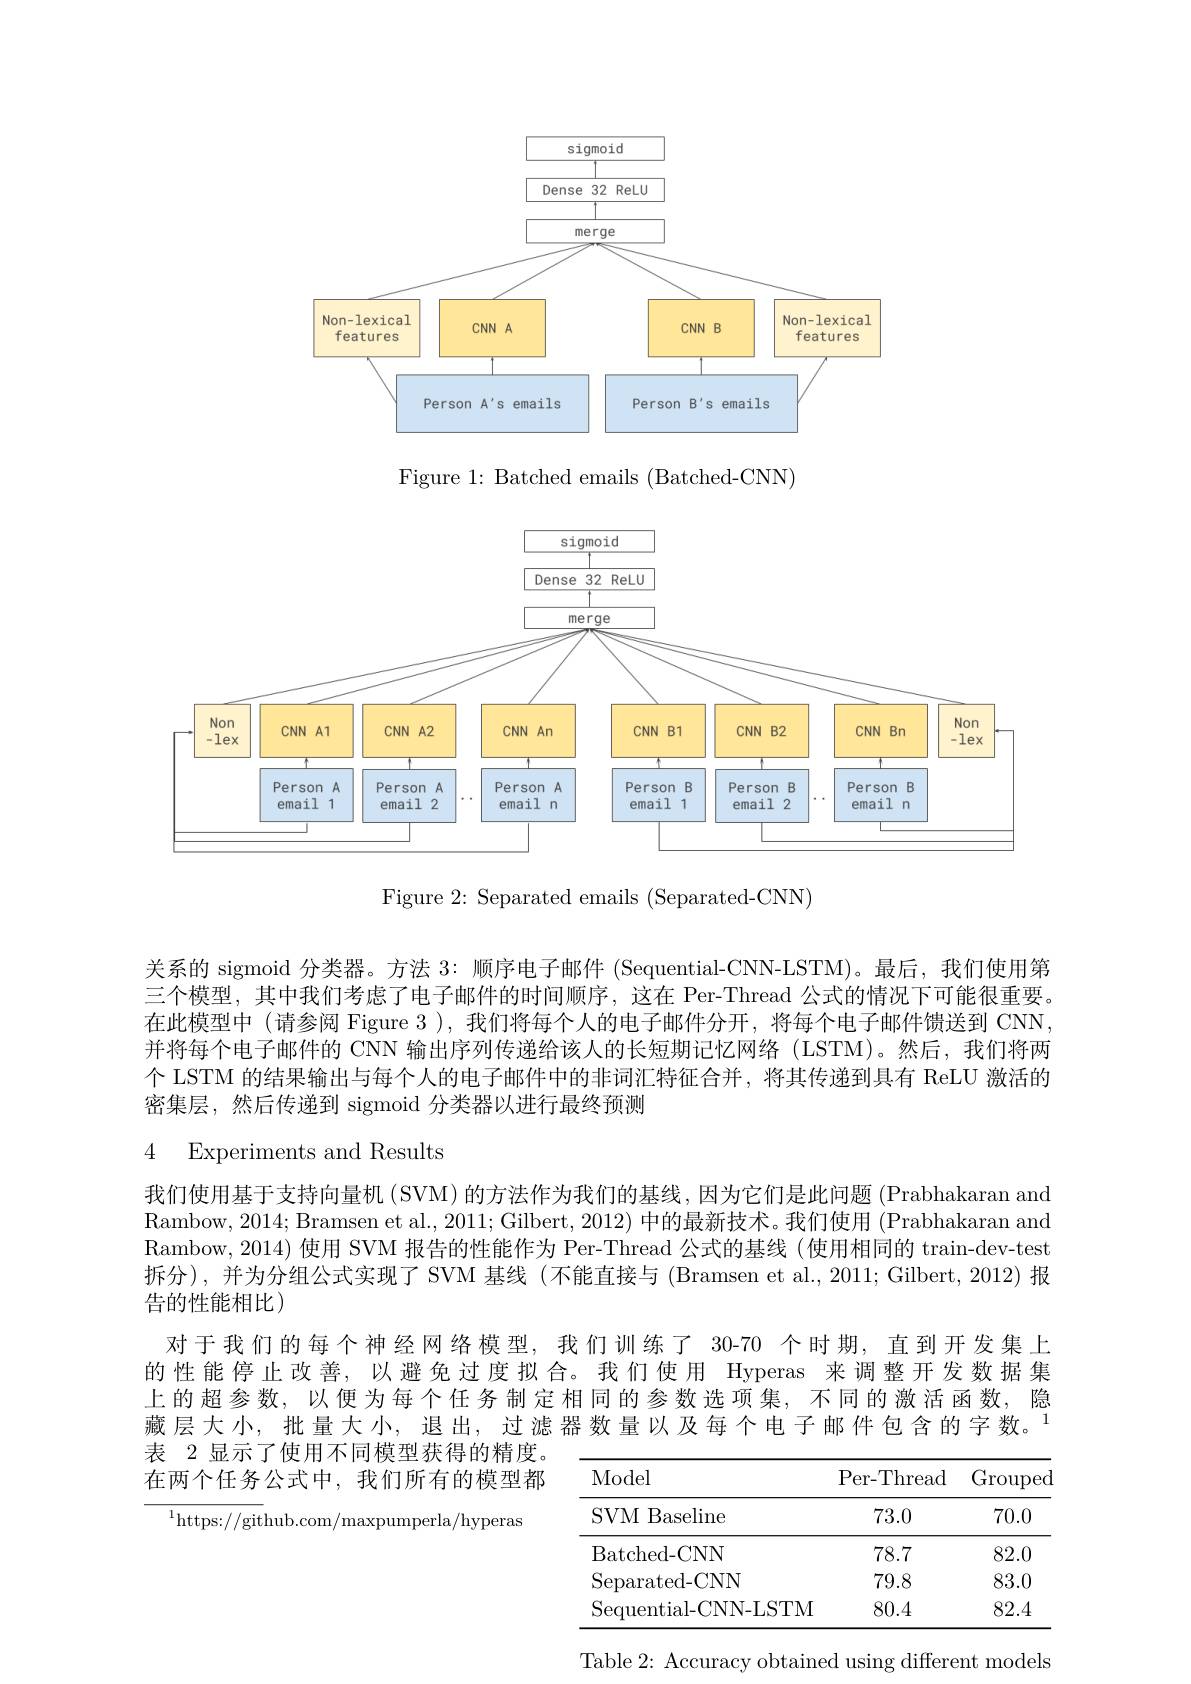
<FigureHere>

Figure 1: Batched emails (Batched-CNN)

<FigureHere>

Figure 2: Separated emails (Separated-CNN)

关系的 sigmoid 分类器。方法 3: 顺序电子邮件 (Sequential-CNN-LSTM)。最后，我们使用第三个模型，其中我们考虑了电子邮件的时间顺序，这在 Per-Thread 公式的情况下可能很重要。在此模型中(请参阅 Figure 3 ),我们将每个人的电子邮件分开，将每个电子邮件馈送到 CNN, 并将每个电子邮件的 CNN 输出序列传递给该人的长短期记忆网络 (LSTM)。然后，我们将两个 LSTM 的结果输出与每个人的电子邮件中的非词汇特征合并，将其传递到具有 ReLU 激活的密集层，然后传递到 sigmoid 分类器以进行最终预测

4 Experiments and Results
我们使用基于支持向量机(SVM)的方法作为我们的基线，因为它们是此问题(Prabhakaran and Rambow, 2014; Bramsen et al., 2011; Gilbert, 2012) 中的最新技术。我们使用 (Prabhakaran and Rambow, 2014) 使用 SVM 报告的性能作为 Per-Thread 公式的基线 (使用相同的 train-dev-test 拆分),并为分组公式实现了 SVM 基线 (不能直接与 (Bramsen et al., 2011; Gilbert, 2012) 报告的性能相比)
对于我们的每个神经网络模型，我们训练了 30-70 个时期，直到开发集上

的性能停止改善，以避免过度拟合。我们使用 Hyperas 来调整开发数据集上的超参数，以便为每个任务制定相同的参数选项集，不同的激活函数，隐藏层大小，批量大小，退出，过滤器数量以及每个电子邮件包含的字数。$^{1}$ 表 2 显示了使用不同模型获得的精度。

在两个任务公式中，我们所有的模型都

$^{1}$https://github.com/maxpumperla/hyperas

<table>
	<tbody>
		<tr>
			<th>Model</th>
			<th>Per- Thread</th>
			<th>$\operatorname{Grouped}$</th>
		</tr>
		<tr>
			<td>SVM Baseline</td>
			<td>73.0</td>
			<td>70.0</td>
		</tr>
		<tr>
			<td>Batched- CNN</td>
			<td>78.7</td>
			<td>82.0</td>
		</tr>
		<tr>
			<td>Separated- CNN</td>
			<td>79.8</td>
			<td>83.0</td>
		</tr>
		<tr>
			<td>$\mathrm{Sequential-CNN-LS}^{\prime}$</td>
			<td>/1 80.4</td>
			<td>82.4</td>
		</tr>
	</tbody>
</table>

Table 2: Accuracy obtained using different models